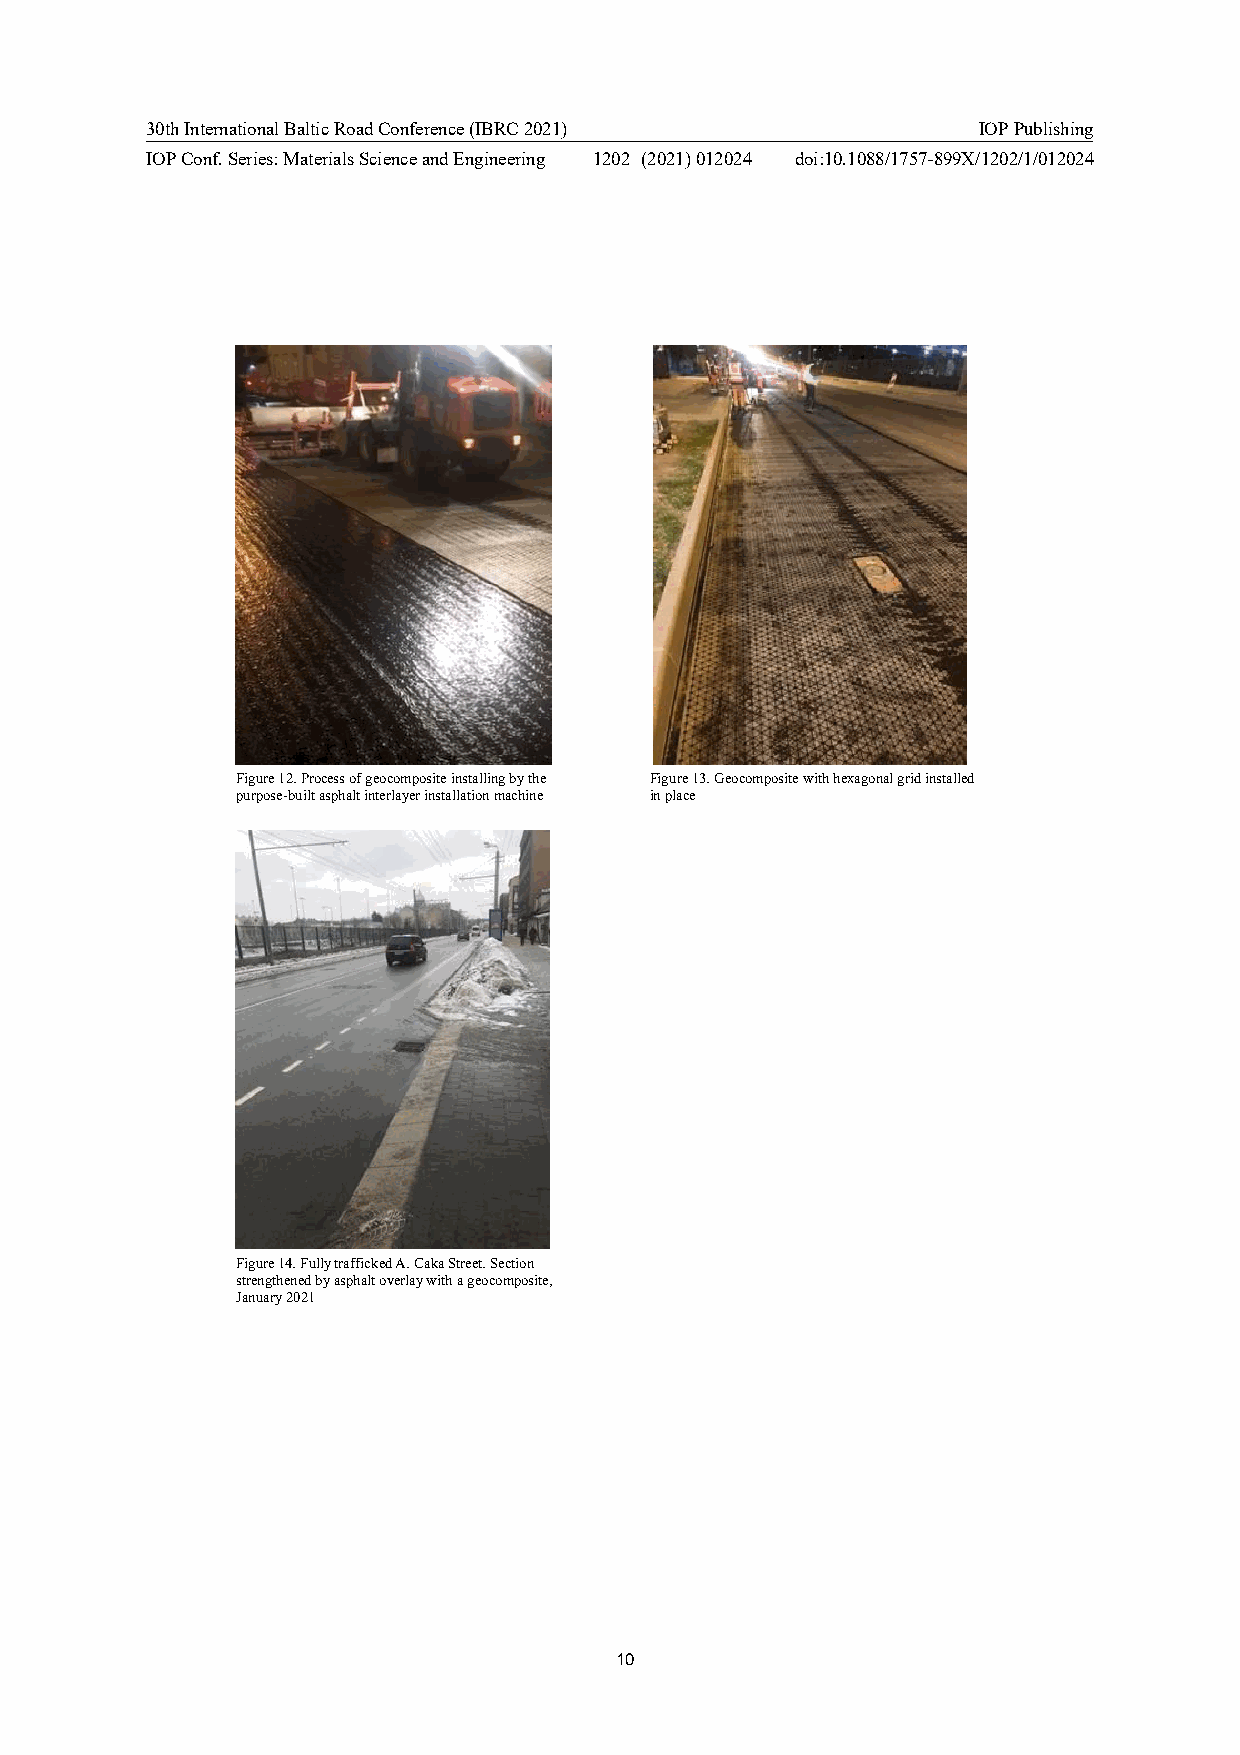
30th International Baltic Road Conference (IBRC 2021)  IOP Publishing
 IOP Conf. Series: Materials Science and Engineering 1202 (2021) 012024 doi:10.1088/1757-899X/1202/1/012024
 Figure 12. Process of geocomposite installing by the Figure 13. Geocomposite with hexagonal grid installed
 purpose-built asphalt interlayer installation machine in place
 Figure 14. Fully trafficked A. Caka Street. Section
 strengthened by asphalt overlay with a geocomposite,
 January 2021
 10